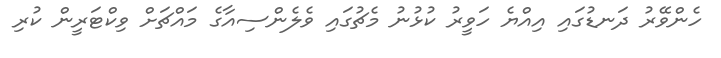
ހެންވޭރު ދަނޑުގައި އިއްޔެ ހަވީރު ކުޅުނު މެޗުގައި ވެލެންސިއާގެ މައްޗަށް ވިކްޓަރީން ކުރި